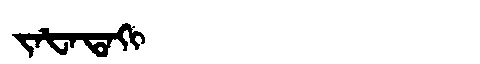
Manchu: ᠵᠠᡶᠠᡨᠠᡴᡳ
Romanization: JAFATAKI